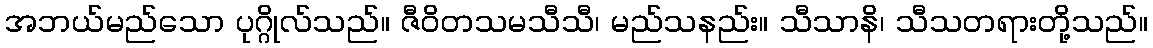
အဘယ်မည်သော ပုဂ္ဂိုလ်သည်။ ဇီဝိတသမသီသီ၊ မည်သနည်း။ သီသာနိ၊ သီသတရားတို့သည်။